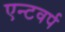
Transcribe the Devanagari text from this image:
एन्टवर्प